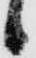
候